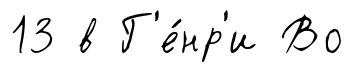
13 в Г'е́нр'и Во